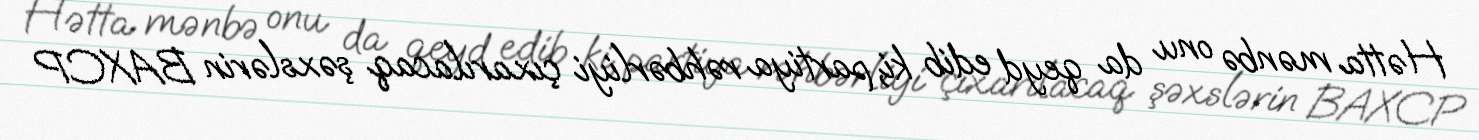
Hətta mənbə onu da qeyd edib ki, partiya rəhbərliyi çıxarılacaq şəxslərin BAXCP